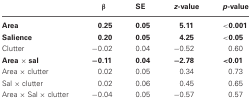
|  | β | SE | z-value | p-value |
 | --- | --- | --- | --- | --- |
 | Area | 0.25 | 0.05 | 5.11 | <0.001 |
 | Salience | 0.20 | 0.05 | 4.25 | <0.05 |
 | Clutter | −0.02 | 0.04 | −0.52 | 0.60 |
 | Area × sal | −0.11 | 0.04 | −2.78 | <0.01 |
 | Area × clutter | 0.02 | 0.05 | 0.34 | 0.73 |
 | Sal × clutter | 0.02 | 0.06 | 0.45 | 0.65 |
 | Area × Sal × clutter | −0.04 | 0.05 | −0.57 | 0.57 |